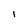
Character: I